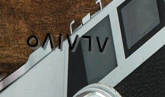
٥٨١٧٦٧